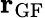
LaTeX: {\mathbf r}_{\textrm{GF}}